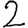
Digit: 2